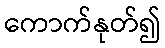
ကောက်နုတ်၍